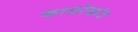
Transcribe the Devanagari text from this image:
काळोखांत